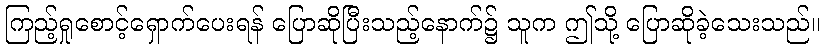
ကြည့်ရှုစောင့်ရှောက်ပေးရန် ပြောဆိုပြီးသည့်နောက်၌ သူက ဤသို့ ပြောဆိုခဲ့သေးသည်။